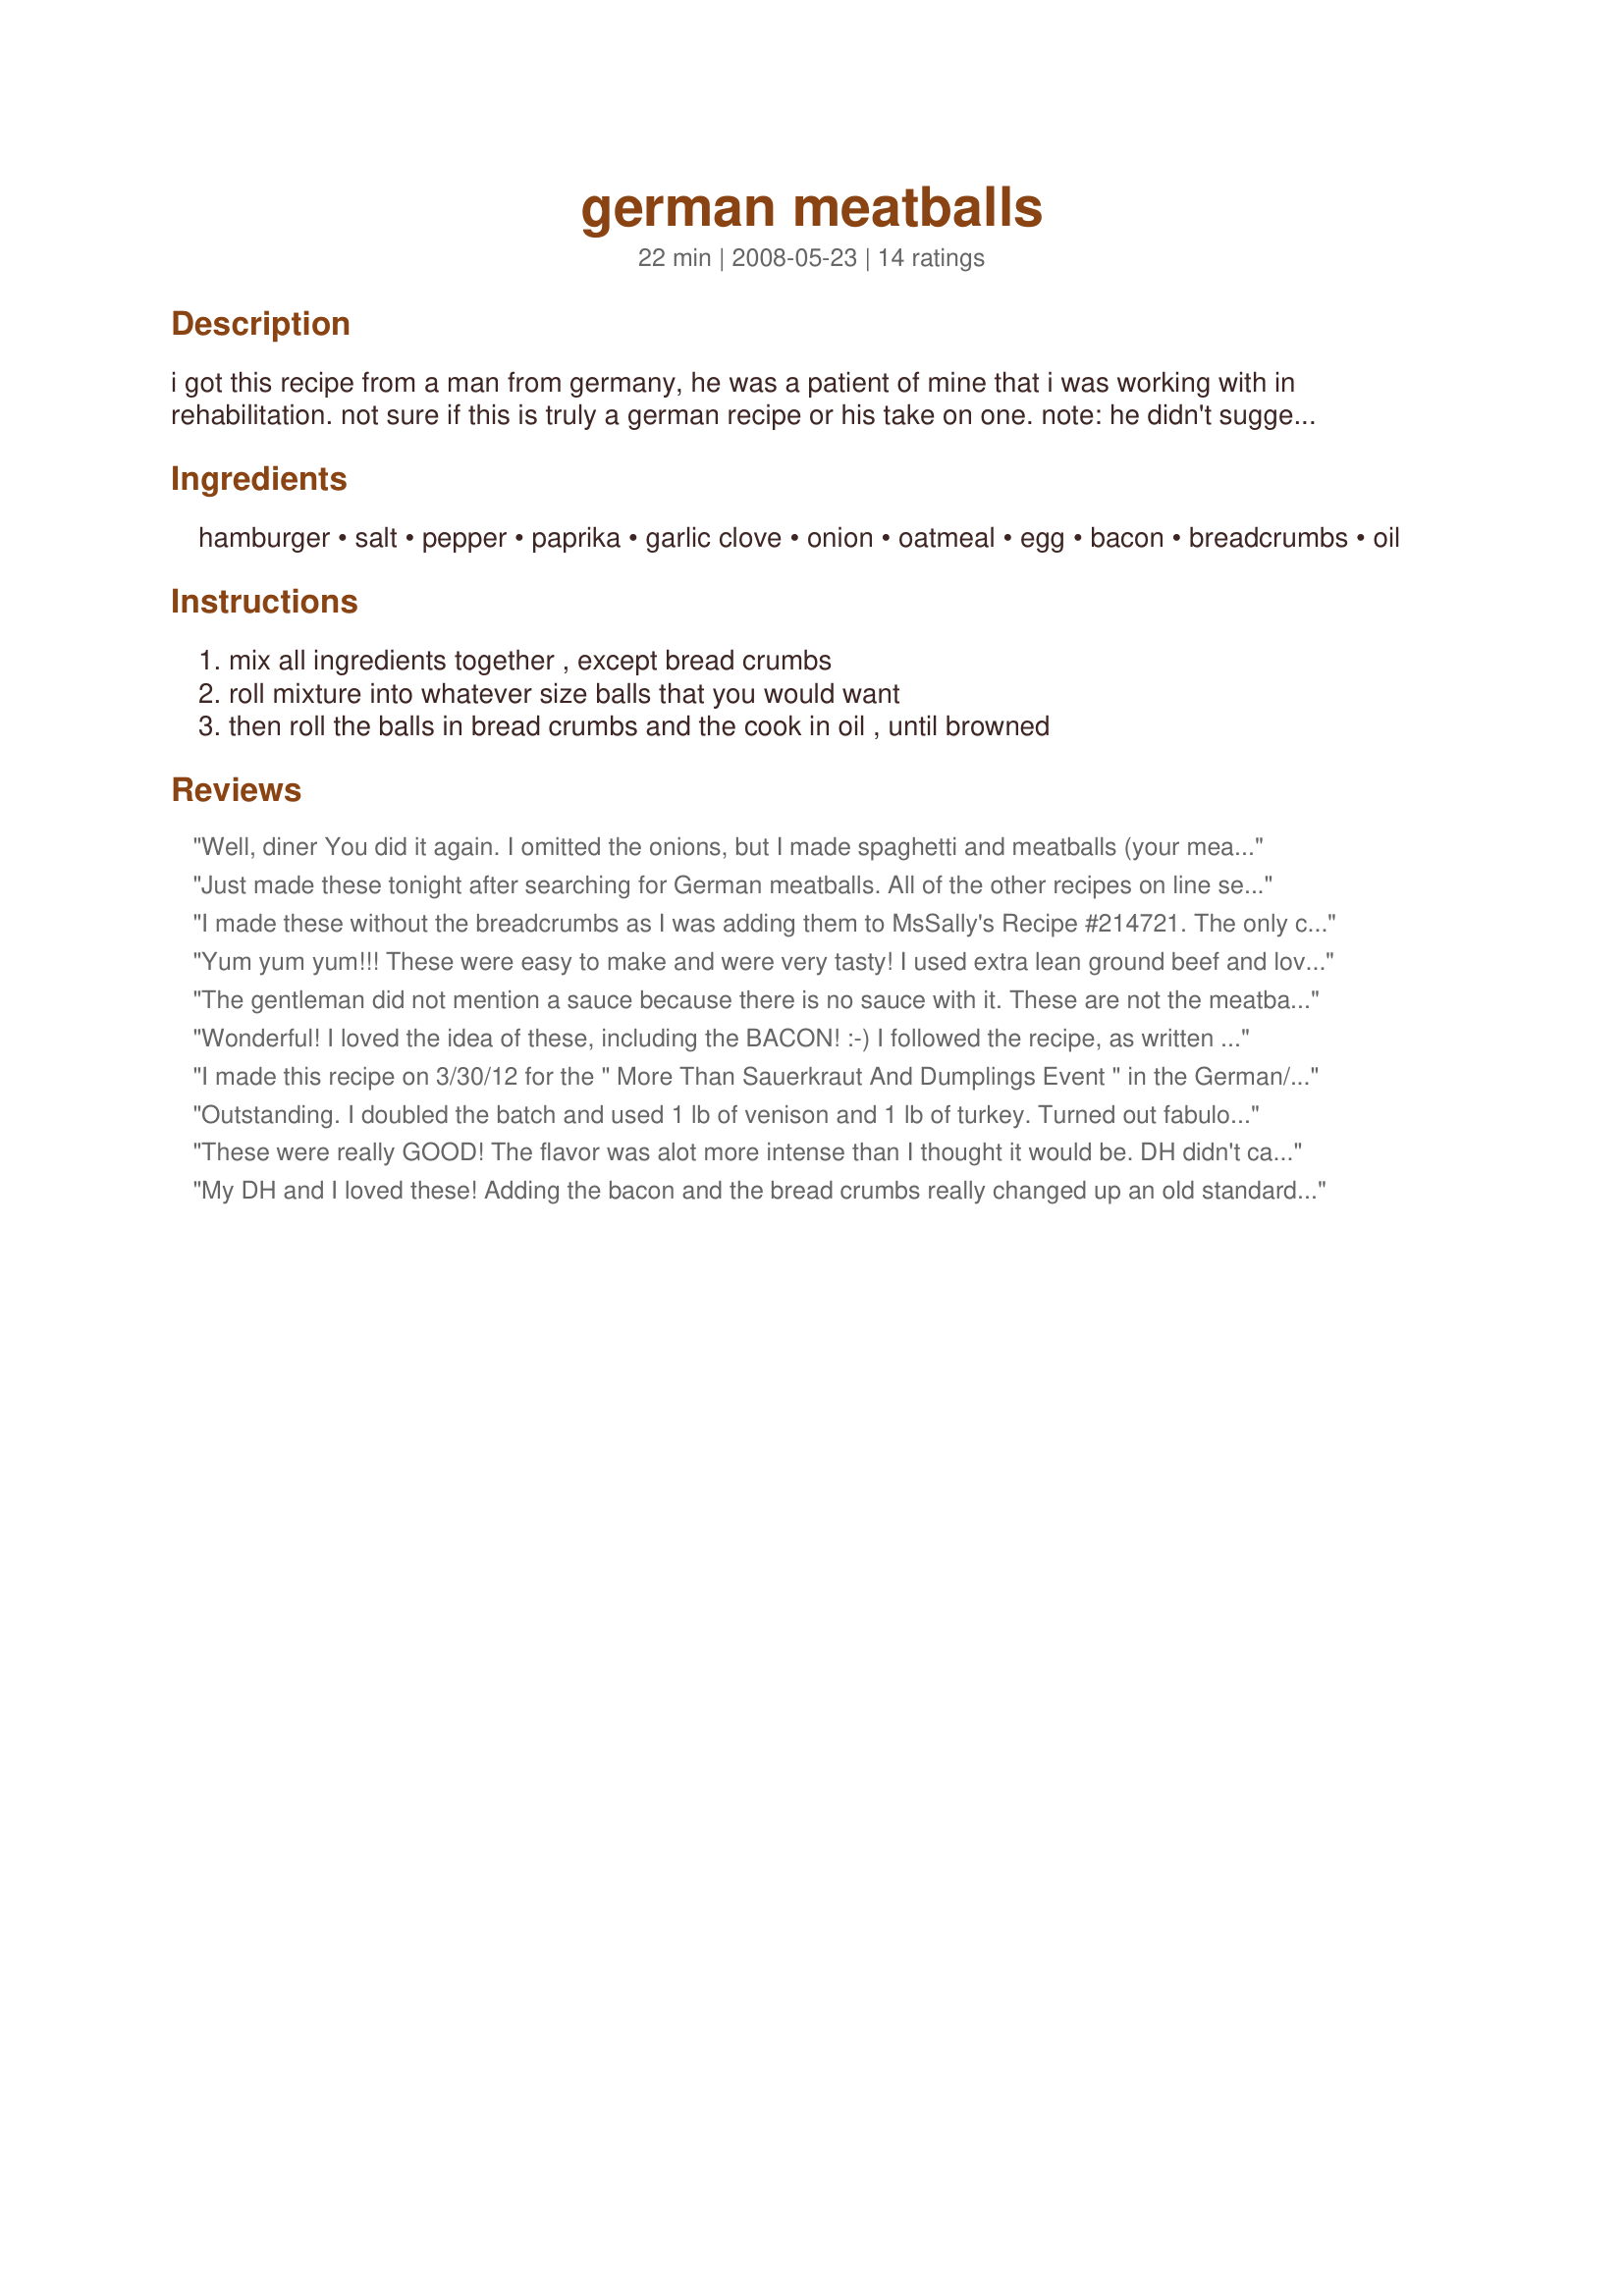
german meatballs
Preparation time: 22 minutes

i got this recipe from a man from germany, he was a patient of mine that i was working with in rehabilitation. not sure if this is truly a german recipe or his take on one. note: he didn't suggest a sauce, but i recommend using a can of cream of mushroom soup (with 1/2 or more can of water) and 1/2 cup sour cream and then seasoning with salt, pepper and any other seasoning of choice, and then serving it over noodles or rice.

Ingredients:
hamburger, salt, pepper, paprika, garlic clove, onion, oatmeal, egg, bacon, breadcrumbs, oil

Steps:
mix all ingredients together , except bread crumbs, roll mixture into whatever size balls that you would want, then roll the balls in bread crumbs and the cook in oil , until browned

Reviews:
Well, diner You did it again. I omitted the onions, but I made spaghetti and meatballs (your meatballs) and OMG. I love the fact that bacon was in this, and by far it beats any spaghetti sauce I have ever had. I have some leftover , and that is perfect for lunch for the kids today. Made for Football pool.
Just made these tonight after searching for German meatballs. All of the other recipes on line seem very American. I don't know if they are German either but they were great and unique. We just got back from Vienna and Budapest where they use s lot of paprika so I figured it would be good. Also I've been making a lot if spaetzle since my return from my trip so I wanted something unique to go with it. EXCELLENT UNIQUE MEATBALLS! Thank you for sharing!
I made these without the breadcrumbs as I was adding them to MsSally's Recipe #214721. The only changes I made were to increase the garlic to 4 cloves (personal taste preference) and to use 1/2 shell of merlot rather than 1/2 shell of water. Loved the quaintness of the half shell measurement! And that you cleverly found a way of getting Zaar to accept that! When I see water in a recipe, my immediate response is "aha, opportunity to sneak in some wine!" Delicious meatballs. Loved that they had bacon in them, and loved the paprika... a small amount but it certainly added to the flavour. Thank you for sharing this recipe. Made for PRMR.
Yum yum yum!!! These were easy to make and were very tasty! I used extra lean ground beef and loved the texture of the breadcrumbs. These were enjoyed with Recipe #398505 and veggies. I flattened them a little bit and it was easier to cook them through that way. Thanks for another great recipe from Lynn! Made for ZWT6. Thanks diner524! :)
The gentleman did not mention a sauce because there is no sauce with it. These are not the meatball kind you throw in a sauce , these are " Frikadellen" or "as the Berliner call them "Buletten "or Fleischpflanzerl" in Bavaria. You eat them as the main course ( make them the size of half a Hamburger and flatten them a bit, do not leave them round like a meatball, since is is not one of those.Serve them with a side of salt potatoes or mashed potatoes and a vegetable.Instead of the oatmeal you can use one roll or 2-3 slices stale white bread that has been soaked in water for a view minutes and pressed dry.
Wonderful! I loved the idea of these, including the BACON! :-) I followed the recipe, as written and they were great! I did grind the oatmeal up a bit, to ease it's incorporation with the meat. YUM! I'll definitely be making these again! Thanks for sharing, diner! Made for ZWT 6.
I made this recipe on 3/30/12 for the " More Than Sauerkraut And Dumplings Event " in the German/Benelux Forum.I made the recipe sort of as it was written(read messed up ). Everything went according to plan,except I didn't see the part about rolling the meatballs in breadcrumbs before frying.For a bit more flavor, I browned the meatballs in the "drippings" from the cooked bacon. As texasgal # 3 suggested " the meatballs were flattened a bit before frying. Since my SO and I do like gravy, I used a packet of brown gravy mix. We both thought they were good enough to be made again. Thanks for posting and, " Keep Smiling :) "
Outstanding. I doubled the batch and used 1 lb of venison and 1 lb of turkey. Turned out fabulous and the deer flavor was non-existant (which makes me happy). I will use 10 tonight for spaghetti and meatballs, and will freeze the rest. I will definitely try out your recommended cream sauce though. Made for BEVY TAG. . .Potluck recipes. THANKS!
These were really GOOD! The flavor was alot more intense than I thought it would be. DH didn't care for them being rolled in breadcrumbs,though. But the taste was awesome! So happy I made these!! DEFINATELY will be repeated. Made for ZWT6 and the Xtra Hot Dishes.
My DH and I loved these! Adding the bacon and the bread crumbs really changed up an old standard recipe! I will definitely make these again. DH would like me to come up with some sort of sauce or gravy to go with them.
Thanks for posting this great recipe! Made for ZWT4.
Good meatballs. Really liked the use of oatmeal as a binder. Went well with a meal composed of a couple of salads.
Absolutely fabulous! We had them with whole wheat penne with some brown butter and parsley. I wasn't sure if they were to accompany a certain food or not. Thank you so much for sharing such a delicious recipe!!!! LA :-)
These were yummy! Thank you for posting this, for no other reason that the idea to roll the meatballs in breadcrumbs. It made for an interesting crispy crust on the outside, without the deep fried feeling. Between the seasonings and the bacon, DH wondered if they were made out of sausage. :) Very nice recipe, thank you for posting. MAde for ZWT4.
These were so good. I made rice and an onion, garlic beef gravy to go with them. Family loved their dinner. My neighbor is a caterer and she loved them as well!
